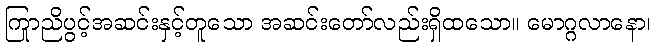
ကြာညိုပွင့်အဆင်းနှင့်တူသော အဆင်းတော်လည်းရှိထသော။ မောဂ္ဂလာနော၊